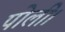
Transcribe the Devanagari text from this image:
पोली।